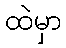
ထဲမှာ